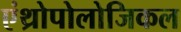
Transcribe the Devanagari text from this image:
एंथ्रोपोलोजिकल